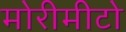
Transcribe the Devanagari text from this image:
मोरीमीटो